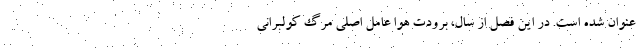
عنوان شده است. در اين فصل از سال، برودت هوا عامل اصلي مرگ كولبراني